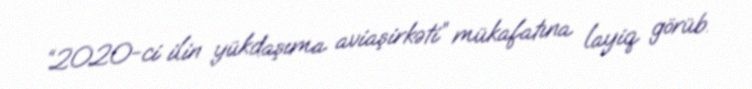
“2020-ci ilin yükdaşıma aviaşirkəti” mükafatına layiq görüb.